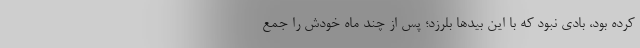
کرده بود، بادی نبود که با این بیدها بلرزد؛ پس از چند ماه خودش را جمع